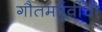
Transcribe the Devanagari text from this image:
गौतमपूर्वीची